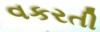
વકરતી